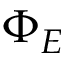
\Phi _ { E }